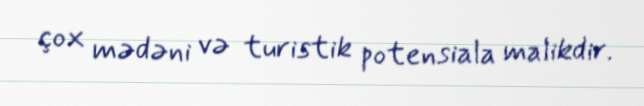
çox mədəni və turistik potensiala malikdir.